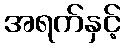
အရက်နှင့်